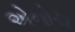
એનોચ